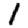
Digit: 1